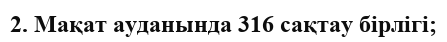
2. Мақат ауданында 316 сақтау бірлігі;